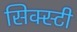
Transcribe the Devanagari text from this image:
सिक्स्टी